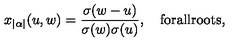
x _ { | \alpha | } ( u , w ) = { \frac { \sigma ( w - u ) } { \sigma ( w ) \sigma ( u ) } } , \quad \mathrm { f o r a l l r o o t s } ,